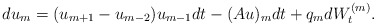
\begin{align*} d u_m = (u_{m+1}-u_{m-2})u_{m-1} dt - (Au)_m dt + q_m dW_t^{(m)}. \end{align*}